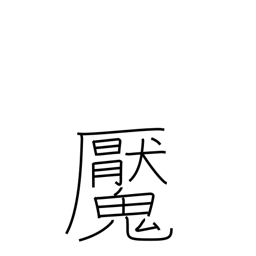
Meaning: have a nightmare